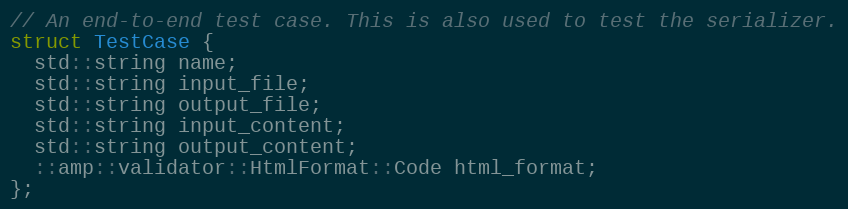
Language: C
// An end-to-end test case. This is also used to test the serializer.
struct TestCase {
  std::string name;
  std::string input_file;
  std::string output_file;
  std::string input_content;
  std::string output_content;
  ::amp::validator::HtmlFormat::Code html_format;
};